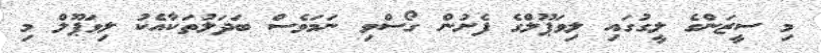
މި ސީޒަންގެ ލީގުގައި ލިވަޕޫލްގެ ފެށުން ގޯސްވި ނަމަވެސް ބަދަލުތަކާއެކު ލިވަޕޫލް މި